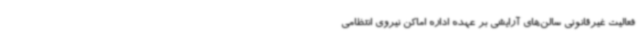
فعالیت غیرقانونی سالن‌های آرایشی بر عهده اداره اماکن نیروی انتظامی